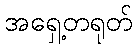
အရှေ့တရုတ်